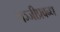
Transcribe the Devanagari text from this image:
पञ्जीप्रबन्ध